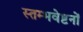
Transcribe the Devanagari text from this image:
स्तम्भवेष्टनों